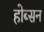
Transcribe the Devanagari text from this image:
होब्सन